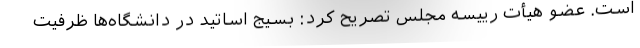
است. عضو هیأت رییسه مجلس تصریح کرد: بسیج اساتید در دانشگاه‌ها ظرفیت